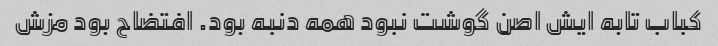
کباب تابه ایش اصن گوشت نبود همه دنبه بود. افتضاح بود مزش